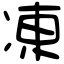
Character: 凍